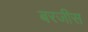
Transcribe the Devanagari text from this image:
बरजीस